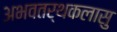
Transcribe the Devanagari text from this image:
अभवतर्थकलासु